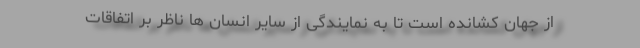
از جهان کشانده است تا به نمایندگی از سایر انسان ها ناظر بر اتفاقات